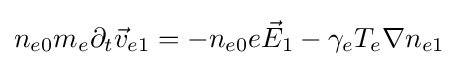
n_{e0}m_{e}\partial _{t}{\vec {v}}_{e1}=-n_{e0}e{\vec {E}}_{1}-\gamma _{e}T_{e}\nabla n_{e1}